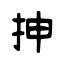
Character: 抻